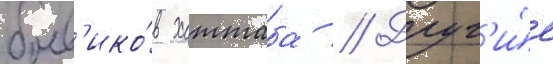
боев'ико́в хаттаба // Друг'и́е